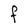
Character: F